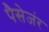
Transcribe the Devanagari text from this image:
पैसेजंर